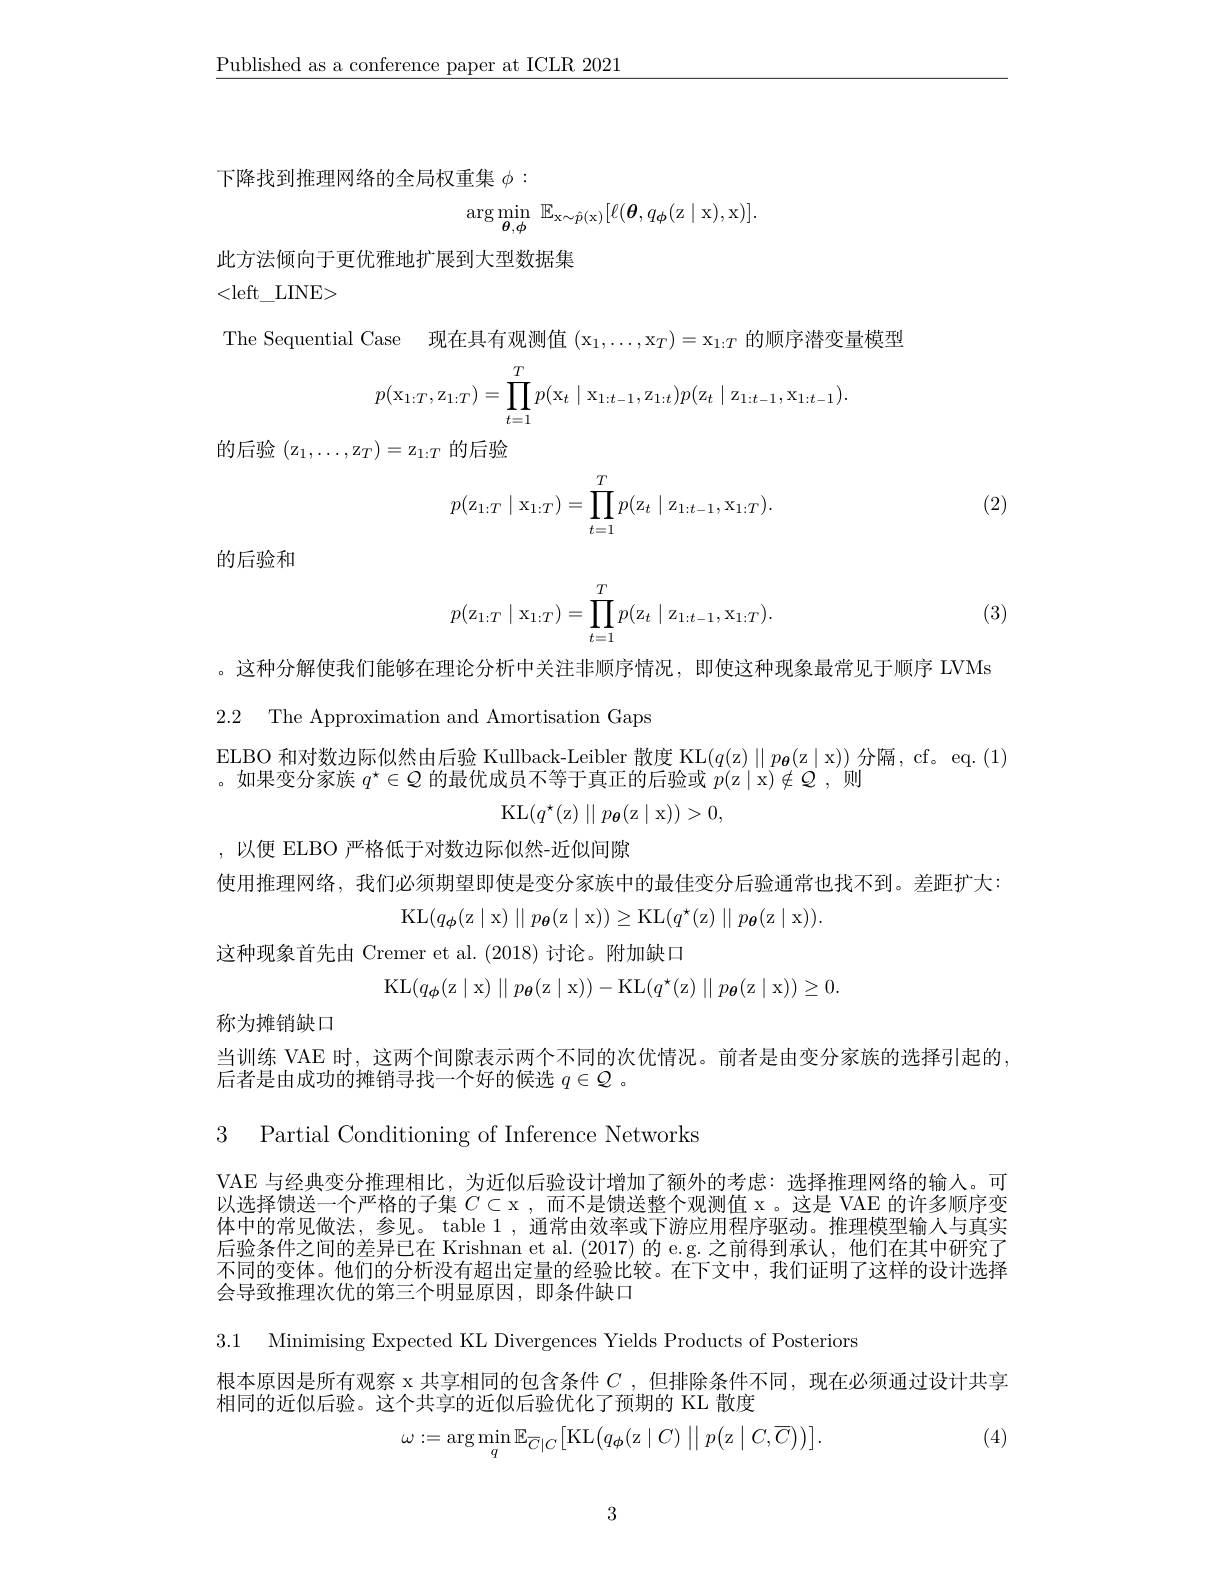
$\underline{\text{Published as a conference paper at ICLR 2021}}$

下降找到推理网络的全局权重集$\phi:$
$$\arg\min_{\boldsymbol{\theta},\boldsymbol{\phi}}\:\mathbb{E}_{\mathrm{x}\sim\hat{p}(\mathrm{x})}[\ell(\boldsymbol{\theta},q_{\boldsymbol{\phi}}(\mathrm{z}\mid\mathrm{x}),\mathrm{x})].$$
此方法倾向于更优雅地扩展到大型数据集

<left\_LINE>

The Sequential Case 现在具有观测值$(\mathrm{x}_1,\ldots,\mathrm{x}_T)=\mathrm{x}_{1:T}$的顺序潜变量模型
$$p(\mathrm x_{1:T},\mathrm z_{1:T})=\prod_{t=1}^Tp(\mathrm x_t\mid\mathrm x_{1:t-1},\mathrm z_{1:t})p(\mathrm z_t\mid\mathrm z_{1:t-1},\mathrm x_{1:t-1}).$$
的后验$(\mathrm{z}_1,\ldots,\mathrm{z}_T)=\mathrm{z}_{1:T}$的后验
$$p(\mathrm z_{1:T}\mid\mathrm x_{1:T})=\prod_{t=1}^Tp(\mathrm z_t\mid\mathrm z_{1:t-1},\mathrm x_{1:T}).$$
(2)

的后验和
$$p(\mathrm z_{1:T}\mid\mathrm x_{1:T})=\prod_{t=1}^Tp(\mathrm z_t\mid\mathrm z_{1:t-1},\mathrm x_{1:T}).$$
(3)

。这种分解使我们能够在理论分析中关注非顺序情况，即使这种现象最常见于顺序 LVMs
2.2 The Approximation and Amortisation Gaps

$\underset{\text{如用亦八字並 }x^*\in O\text{ 的具代中只了签下，古丁的丘吹击}}{\operatorname*{ELBO}}$和对数边际似然由后验 Kullback-Leibler 散度 KL$( q( z) \parallel p_{{\boldsymbol{\theta }}}( z\mid x) )$ 分隔，cf。eq. (1)

。如果变分家族$q^\star\in Q$的最优成员不等于真正的后验或$p($z| x) $\notin \mathcal{Q}$, $\text{则 }$
$$\mathrm{KL}(q^\star(\mathrm{z})\parallel p_{\boldsymbol{\theta}}(\mathrm{z}\mid\mathrm{x}))>0,$$
,以便 ELBO 严格低于对数边际似然-近似间隙
使用推理网络，我们必须期望即使是变分家族中的最佳变分后验通常也找不到。差距扩大：
$$\mathrm{KL}(q_{\phi}(\mathrm{z}\mid\mathrm{x})\mid\mid p_{\boldsymbol{\theta}}(\mathrm{z}\mid\mathrm{x}))\geq\mathrm{KL}(q^{\star}(\mathrm{z})\mid\mid p_{\boldsymbol{\theta}}(\mathrm{z}\mid\mathrm{x})).$$
这种现象首先由 Cremer et al. (2018) 讨论。附加缺口
$$\mathrm K\mathrm L(q_{\boldsymbol\phi}(\mathrm z\mid\mathrm x)\mid\mid p_{\boldsymbol\theta}(\mathrm z\mid\mathrm x))-\mathrm K\mathrm L(q^\star(\mathrm z)\mid\mid p_{\boldsymbol\theta}(\mathrm z\mid\mathrm x))\geq0.$$
称为摊销缺口

当训练 VAE 时，这两个间隙表示两个不同的次优情况。前者是由变分家族的选择引起的
后者是由成功的摊销寻找一个好的候选$q\in{\mathcal{Q}}$ 。

3 Partial Conditioning of Inference Networks

VAE 与经典变分推理相比，为近似后验设计增加了额外的考虑：选择推理网络的输人。可以选择馈送一个严格的子集$C\subset\mathfrak{x}$,而不是馈送整个观测值 x。这是 VAE 的许多顺序变体中的常见做法，参见。table 1 , 通常由效率或下游应用程序驱动。推理模型输入与真实后验条件之间的差异已在 Krishnan et al. (2017)的 e.g. 之前得到承认，他们在其中研究了不同的变体。他们的分析没有超出定量的经验比较。在下文中，我们证明了这样的设计选择会导致推理次优的第三个明显原因，即条件缺口

3.1 Minimising Expected KL Divergences Yields Products of Posteriors

根本原因是所有观察 x 共享相同的包含条件$C$ ,但排除条件不同，现在必须通过设计共享
相同的近似后验。这个共享的近似后验优化了预期的 KL 散度

(4)
$$\omega:=\arg\min_q\mathbb{E}_{\overline{C}|C}\bigl[\mathrm{KL}\bigl(q_\phi(\mathrm{z}\mid C)\:\bigr|\bigl|\:p\bigl(\mathrm{z}\mid C,\overline{C}\bigr)\bigr)\bigr].$$
3